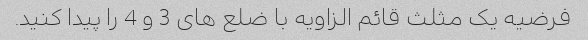
فرضیه یک مثلث قائم الزاویه با ضلع های 3 و 4 را پیدا کنید.